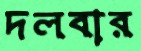
দলবার